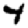
Digit: 4